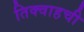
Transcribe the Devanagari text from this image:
तिक्वाहची